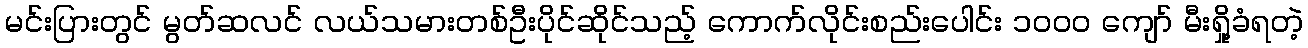
မင်းပြားတွင် မွတ်ဆလင် လယ်သမားတစ်ဦးပိုင်ဆိုင်သည့် ကောက်လိုင်းစည်းပေါင်း ၁၀၀၀ ကျော် မီးရှို့ခံရတဲ့